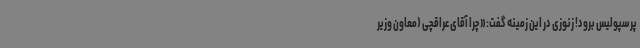
پرسپولیس برود! زنوزی در این زمینه گفت:« چرا آقای عراقچی (معاون وزیر